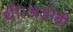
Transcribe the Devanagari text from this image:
थी।अडोबी